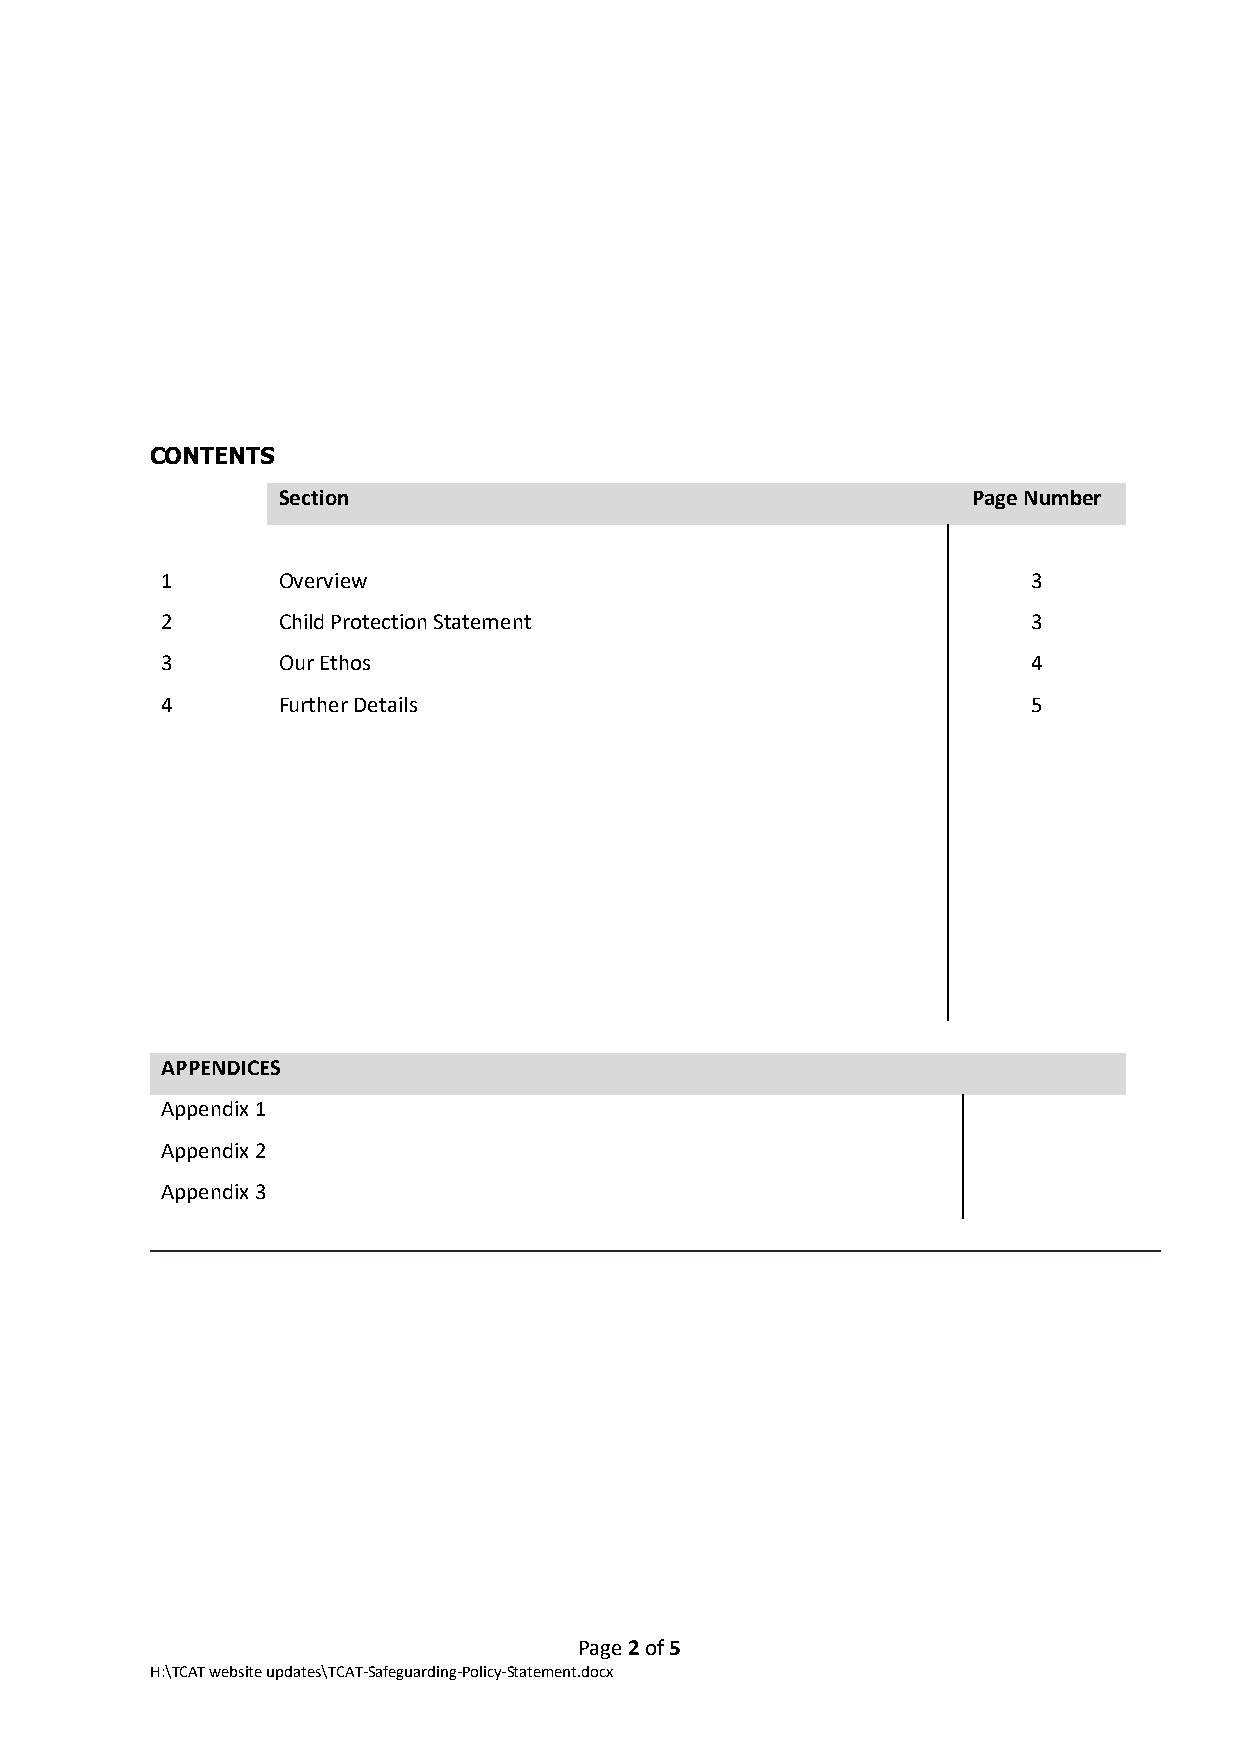
CONTENTS
 Section                                       Page Number
 1      Overview                                          3
 2      Child Protection Statement                        3
 3      Our Ethos                                         4
 4      Further Details                                   5
 APPENDICES
 Appendix 1
 Appendix 2
 Appendix 3
 Page 2 of 5
 H:\TCAT website updates\TCAT-Safeguarding-Policy-Statement.docx